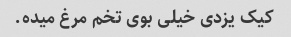
کیک یزدی خیلی بوی تخم مرغ میده.